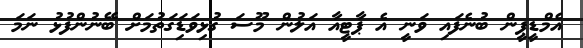
އެމްޑީޕީން ބުނެފައި ވަނީ އެ ޕާޓީއާ އަލުން މޫސަ ގުޅިވަޑަިގަތުމަށް ބޭނުންފުޅު ނަމަ